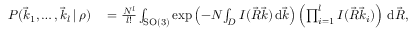
\begin{array} { r l } { P ( \vec { k } _ { 1 } , \dots , \vec { k } _ { l } \, | \, \rho ) } & { { } = \frac { N ^ { l } } { l ! } \int _ { \mathrm { S O } ( 3 ) } \exp \left( - N \! \int _ { D } I ( \vec { R } \vec { k } ) \, \mathrm d \vec { k } \right) \left( \prod _ { i = 1 } ^ { l } I ( \vec { R } \vec { k } _ { i } ) \right) \, \mathrm d \vec { R } , } \end{array}